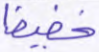
خفيفا